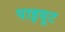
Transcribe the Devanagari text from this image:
पाइयूट